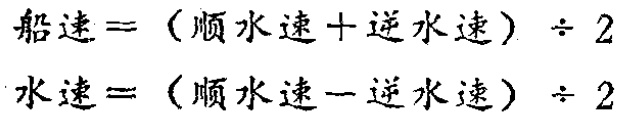
船速=（顺水速+逆水速）÷2

水速=（顺水速-逆水速）÷2